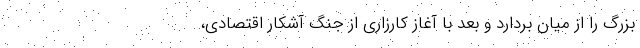
بزرگ را از میان بردارد و بعد با آغاز کارزاری از جنگ آشکار اقتصادی،